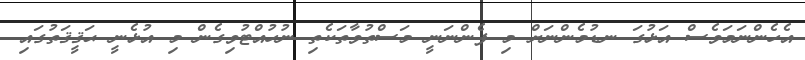
އެހެންނަމަވެސް އަޅުގަ ނޑުމެންނަށް މި ފެންނަނީ މަސްތުވާތަކެތި ނުހުއްޓުވިގެން މި އުޅެނީ ޙަޤީޤަތުގައި